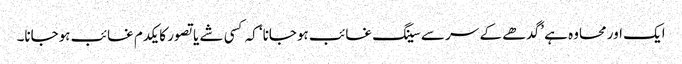
ایک اور محاوہ ہے ’گدھے کے سر سے سینگ غائب ہوجانا‘ کہ کسی شے یا تصور کا یکدم غائب ہوجانا۔